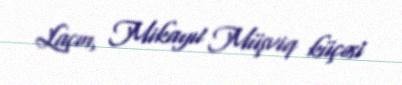
Laçın, Mikayıl Müşviq küçəsi